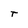
Character: T